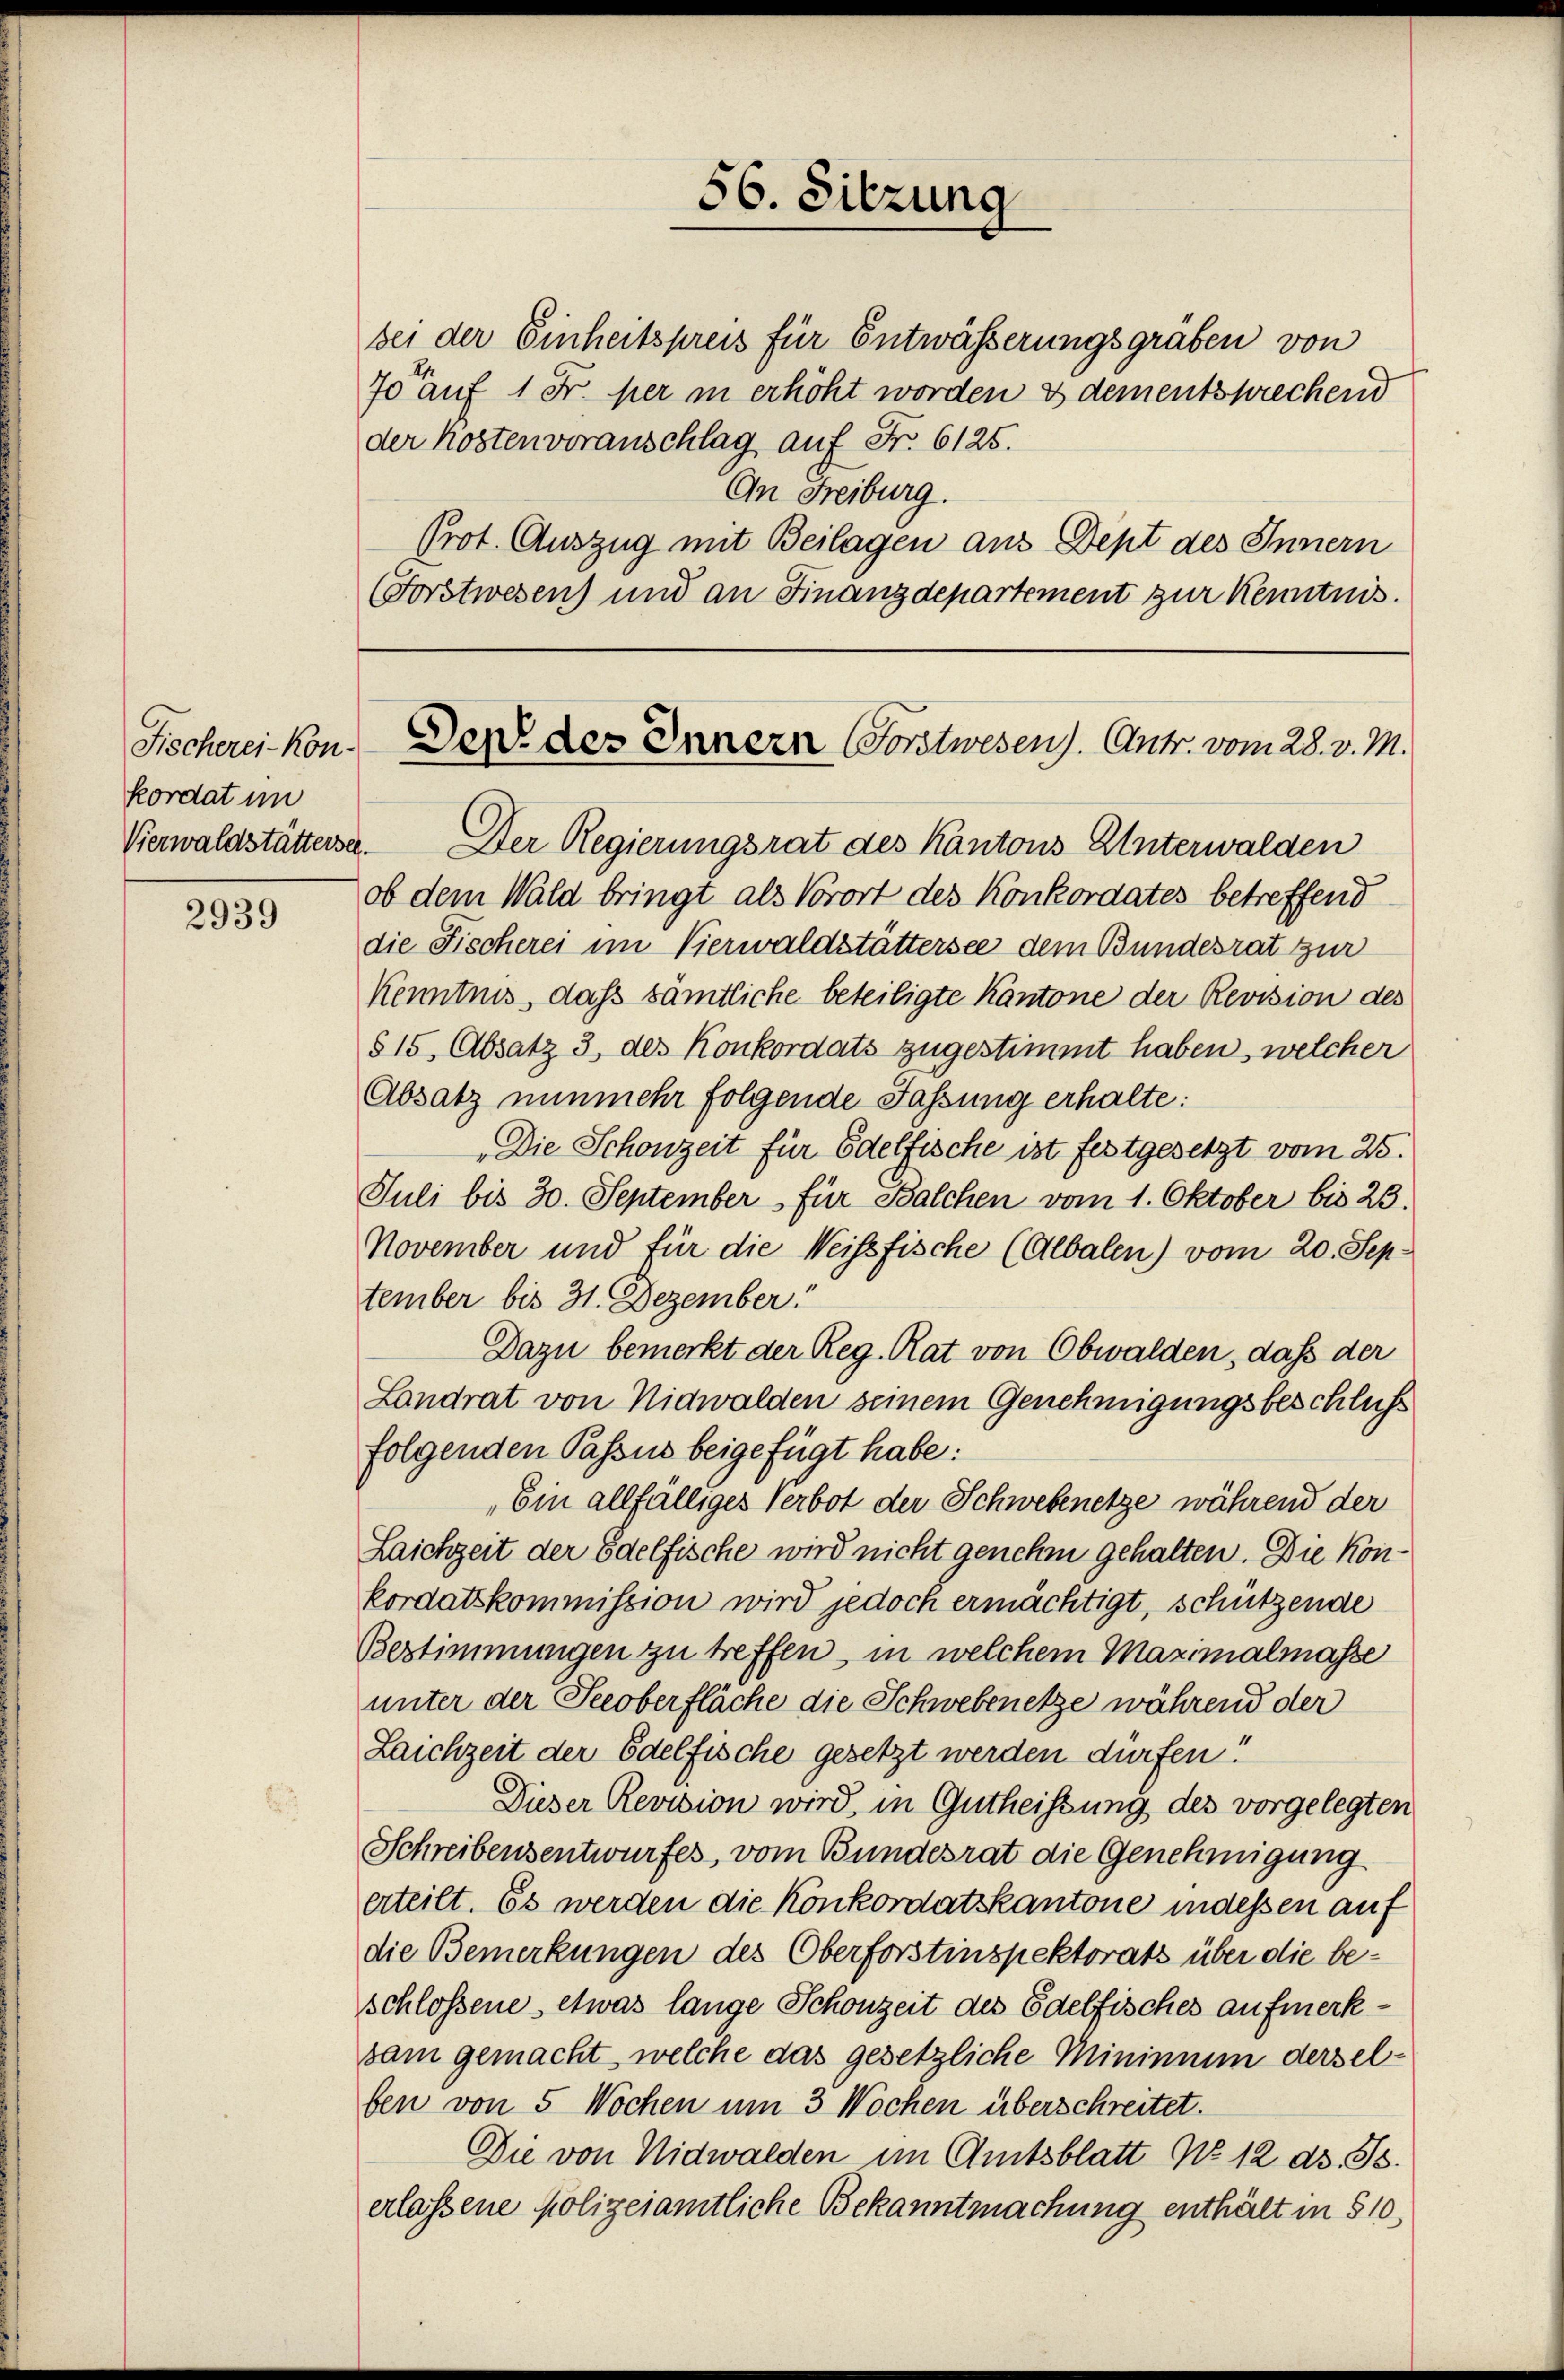
kordat im
Vierwaldstättersel

2939

bei der Einheitspreis für Entwässerungsgräben von
70 auf 1 Fr. per in erhöht worden & dementsprechend
der Kosten voranschlag auf Fr. 6125.
An Freiburg.
Prot. Auszug mit Beilagen aus Dept des Innern
(Forstwesen) und an Finanzdepartement zur Kenntnis.

56. Sitzung

Fischereikon. Der des Innern (Forstwesen). Antr. vom 28. v. M.

Der Regierungsrat des Kantons Unterwalden
ob dem Wald bringt als Vorort des Konkordates betreffend
die Fischerei im Verwaldstättersee dem Bundesrat zur
Kenntnis, dass sämtliche beteiligte Kantone der Revision des
615, Absatz 3, des Konkordats zugestimmt haben, welcher
Absatz nunmehr folgende Fassung erhalte:
Die Schonzeit für Edelfische ist festgesetzt vom 25.
Juli bis 30. September für Balchen vom 1. Oktober bis 23.
November und für die Weissfische (Albalen) vom 20. September bis 31. Dezember
Dazu bemerkt der Reg. Rat von Obwalden, dass der
Landrat von Nidwalden seinem Genehmigungsbeschluss
folgenden Passus beigefügt habe:
Ein allfälliges Verbot der Schwebenetze während der
Laichzeit der Edelfische wird nicht genehm gehalten. Die Konkordatskommission wird jedoch ermächtigt, schützende
Bestimmungen zu treffen, in welchem Maximalmasse
unter der Secoberfläche die Schwebenetze während der
Laichzeit der Edelfische gesetzt werden dürfen!
Dieser Revision wird in Gutheissung des vorgelegten
Schreibensentwurfes, vom Bundesrat die Genehmigung
erteilt. Es werden die Konkordatskantone indessen auf
die Bemerkungen des Oberforstinspektorats über die beschlossene etwas lange Schonzeit des Edelfisches aufmerksam gemacht, welche das gesetzliche Mininium derselben von 5 Wochen um 3 Wochen überschreitet.
Die von Nidwalden im Amtsblatt No 12 ds. Js.
erlassene Polizeiamtliche Bekanntmachung enthält in 510,